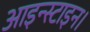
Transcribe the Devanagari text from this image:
आइन्स्टाइन।